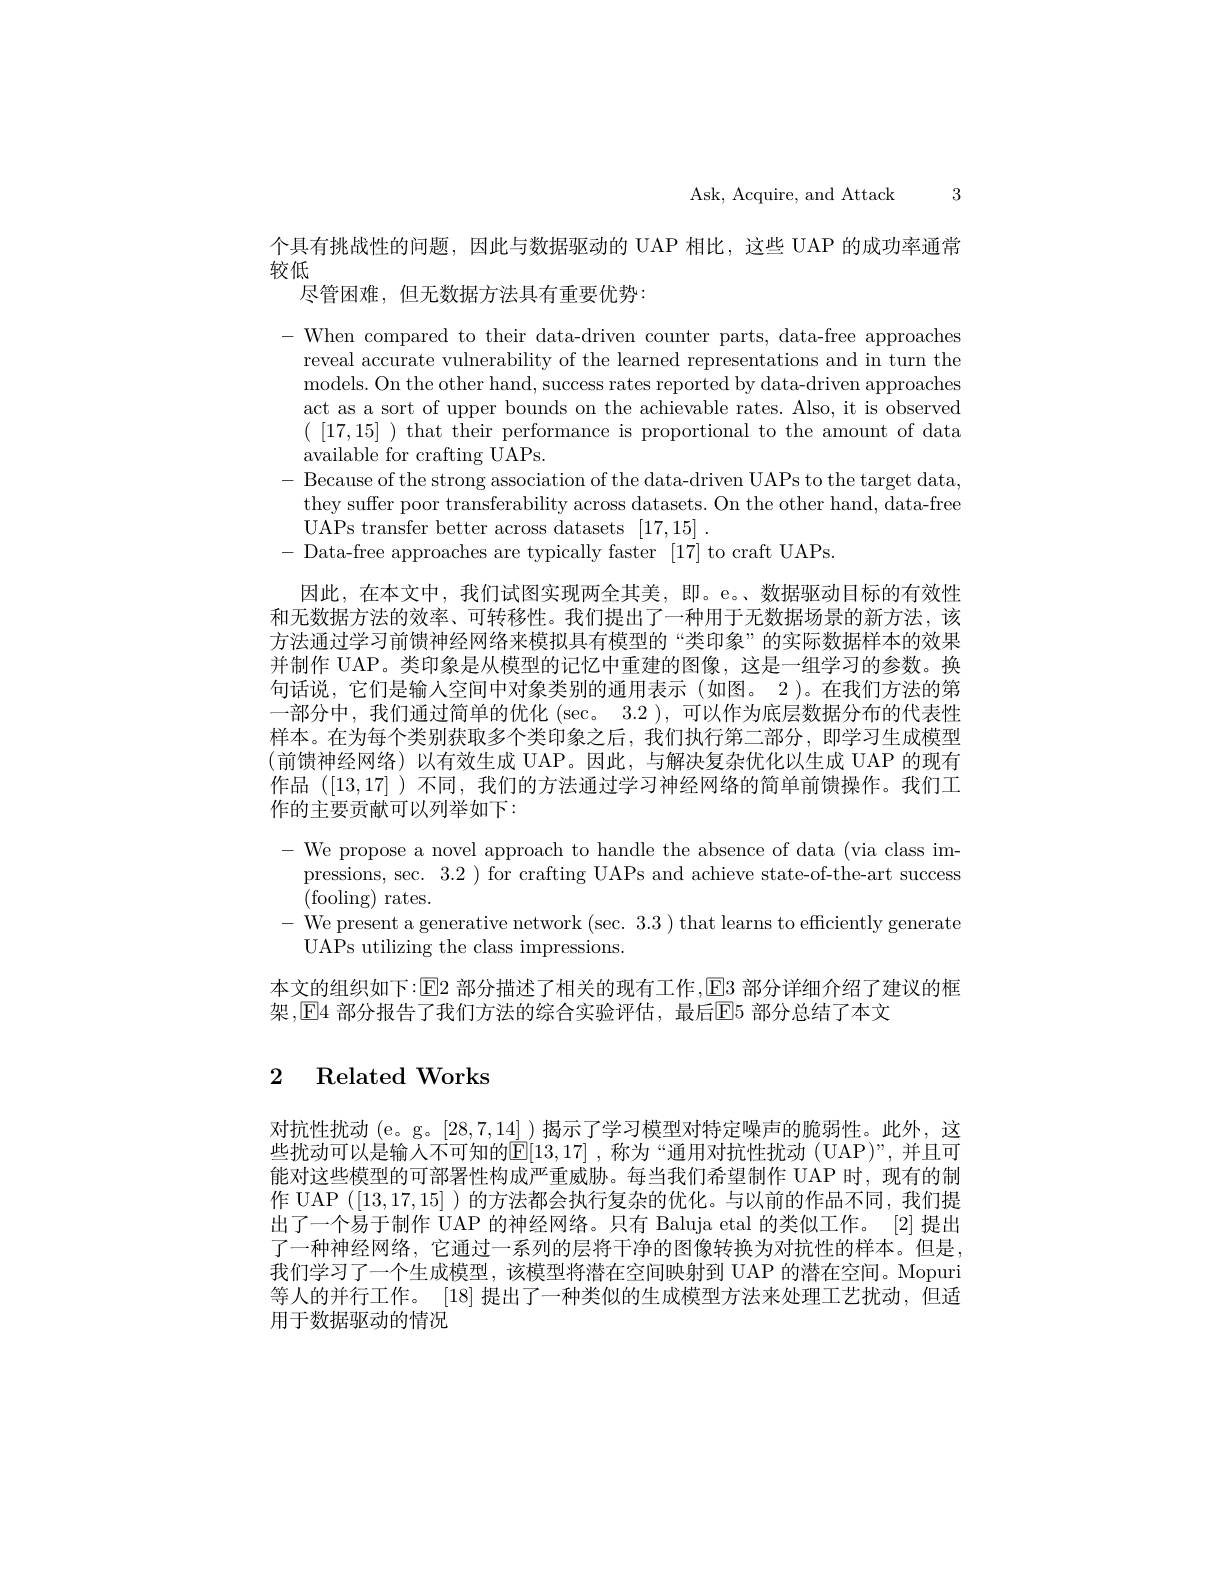
Ask, Acquire, and Attack 3

个具有挑战性的问题，因此与数据驱动的 UAP 相比，这些 UAP 的成功率通常
较低
尽管困难，但无数据方法具有重要优势：

-When compared to their data-driven counter parts, data-free approaches
reveal accurate vulnerability of the learned representations and in turn the models. On the other hand, success rates reported by data-driven approaches act as a sort of upper bounds on the achievable rates. Also, it is observed $(\begin{array}{cc}[17,15]\end{array})$ that their performance is proportional to the amount of data available for crafting UAPs.
- Because of the strong association of the data-driven UAPs to the target data,
they suffer poor transferability across datasets. On the other hand, data-free
UAPs transfer better across datasets [17,15].
- Data-free approaches are typically faster [17] to craft UAPs.
因此，在本文中，我们试图实现两全其美，即。e。数据驱动目标的有效性和无数据方法的效率、可转移性。我们提出了一种用于无数据场景的新方法，该方法通过学习前馈神经网络来模拟具有模型的“类印象”的实际数据样本的效果并制作 UAP。类印象是从模型的记忆中重建的图像，这是一组学习的参数。换句话说，它们是输入空间中对象类别的通用表示(如图。2 )。在我们方法的第一部分中，我们通过简单的优化 (sec。3.2 ), 可以作为底层数据分布的代表性样本。在为每个类别获取多个类印象之后，我们执行第二部分，即学习生成模型(前馈神经网络)以有效生成 UAP。因此，与解决复杂优化以生成 UAP 的现有作品([13,17] )不同，我们的方法通过学习神经网络的简单前馈操作。我们工作的主要贡献可以列举如下：
- We propose a novel approach to handle the absence of data (via class im-
pressions, sec. 3.2 )for crafting UAPs and achieve state-of-the-art success
${\tilde{(}\mathrm{fooling)~rates.}}$
- We present a generative network (sec. 3.3 ) that learns to efficiently generate
UAPs utilizing the class impressions.
本文的组织如下：$\boxed{\mathrm{E}}2$部分描述了相关的现有工作，$\boxed{\mathrm{E}}3$部分详细介绍了建议的框
架，$\boxed{\mathrm{E}}4$ 部分报告了我们方法的综合实验评估，最后$\boxed{\mathrm{E}}5$ 部分总结了本文

## 2 Related Works

对抗性扰动 (e。g。[28,7,14])揭示了学习模型对特定噪声的脆弱性。此外，这些扰动可以是输人不可知的$\mathbb{E}[13,17]$ ,称为“通用对抗性扰动 (UAP)”,并且可能对这些模型的可部署性构成严重威胁。每当我们希望制作 UAP 时，现有的制作 UAP ([13,17,15] )的方法都会执行复杂的优化。与以前的作品不同，我们提出了一个易于制作 UAP 的神经网络。只有 Baluja etal 的类似工作。[2] 提出了一种神经网络，它通过一系列的层将干净的图像转换为对抗性的样本。但是我们学习了一个生成模型，该模型将潜在空间映射到 UAP 的潜在空间。Mopuri 等人的并行工作。[18] 提出了一种类似的生成模型方法来处理工艺扰动，但适用于数据驱动的情况